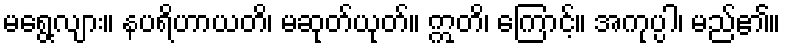
မရွေ့လျား။ နပရိဟာယတိ၊ မဆုတ်ယုတ်။ ဣတိ၊ ကြောင့်။ အကုပ္ပါ၊ မည်၏။